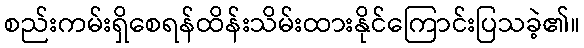
စည်းကမ်းရှိစေရန်ထိန်းသိမ်းထားနိုင်ကြောင်းပြသခဲ့၏။